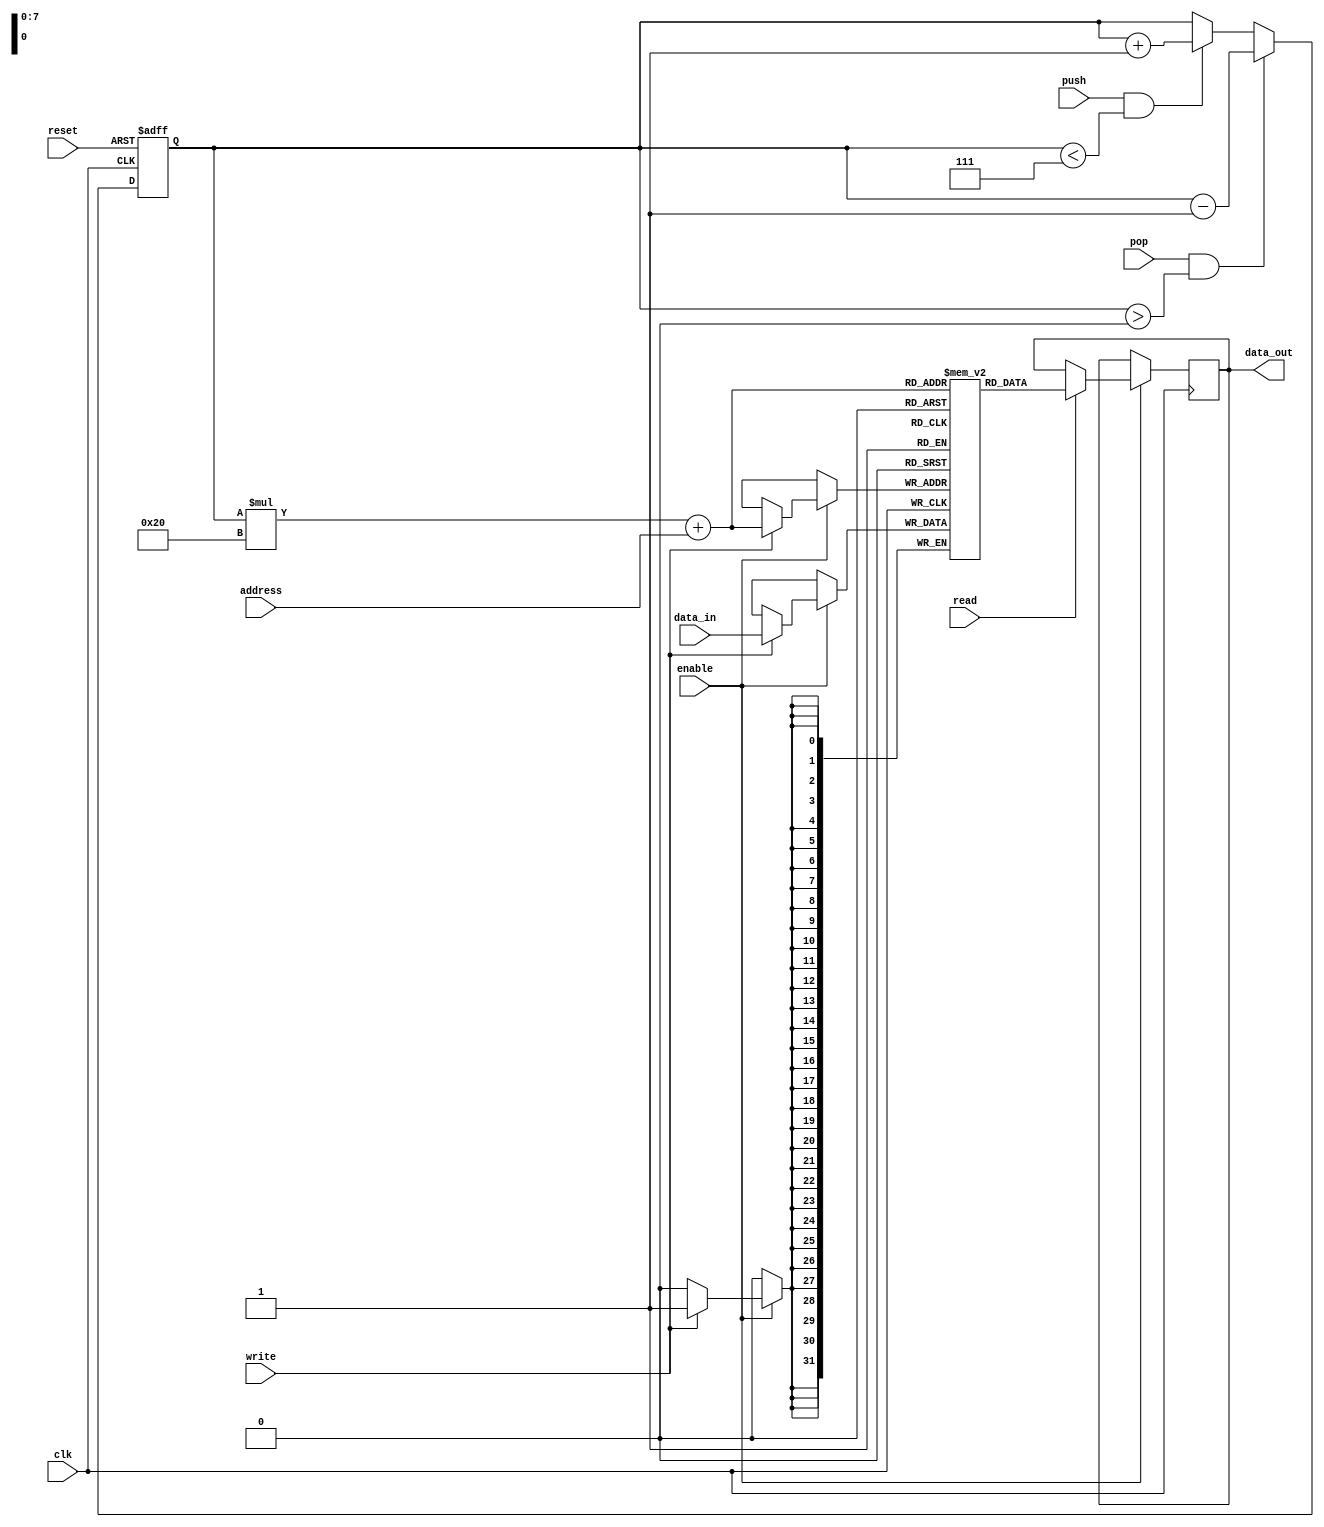
module MemoryBlocksStack (
    input wire clk,
    input wire reset,
    input wire enable,
    input wire [31:0] data_in,
    input wire [4:0] address,
    input wire read,
    input wire write,
    input wire push,
    input wire pop,
    output reg [31:0] data_out
);

reg [31:0] memory_block [7:0][31:0]; // 8 memory blocks each with 32 registers
reg [2:0] stack_pointer;

always @(posedge clk or posedge reset) begin
    if (reset) begin
        stack_pointer <= 3'b000; // initialize stack pointer
    end else begin
        if (push && stack_pointer < 3'b111) begin
            stack_pointer <= stack_pointer + 1; // push operation
        end
        if (pop && stack_pointer > 3'b000) begin
            stack_pointer <= stack_pointer - 1; // pop operation
        end
    end
end

always @(posedge clk) begin
    if (enable) begin
        if (read) begin
            data_out <= memory_block[stack_pointer][address];
        end
        if (write) begin
            memory_block[stack_pointer][address] <= data_in;
        end
    end
end

endmodule